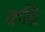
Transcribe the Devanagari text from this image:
क़द्रि